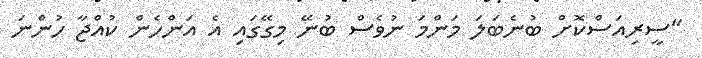
"ސީރިއަސްކޮށް ބުނެބަލަ މަންމަ ނުވެސް ބުނޭ މިގޭގައި އެ އަންހެން ކުއްޖާ ހުންނަ